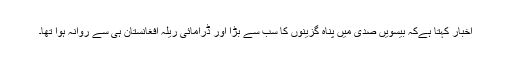
اخبار کہتا ہےکہ بیسویں صدی میں پناہ گزینوں کا سب سے بڑا اور ڈرامائی ریلہ افغانستان ہی سے روانہ ہوا تھا۔